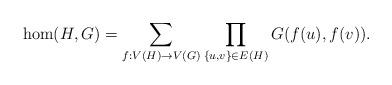
LaTeX: \begin{align*}\hom(H,G)=\sum_{f:V(H) \rightarrow V(G)} \prod_{\{u,v\} \in E(H)}G(f(u),f(v)).\end{align*}